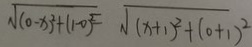
\sqrt { ( 0 - x ) ^ { 2 } + ( 1 0 ) ^ { 2 } } = \sqrt { ( x + 1 ) ^ { 2 } + ( 0 + 1 ) ^ { 2 } }